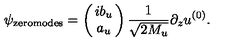
\psi _ { \mathrm { z e r o m o d e s } } = \left( \! \! \begin{array} { c } { i b _ { u } } \\ { a _ { u } } \\ \end{array} \! \! \right) \frac { 1 } { \sqrt { 2 M _ { u } } } \partial _ { z } u ^ { ( 0 ) } .